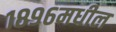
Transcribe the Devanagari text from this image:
१८९६मधील